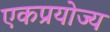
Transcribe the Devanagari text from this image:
एकप्रयोज्य